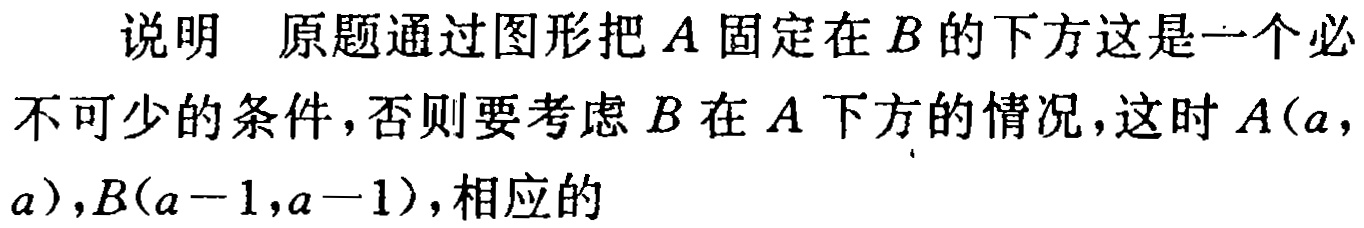
说明 原题通过图形把\(A\)固定在\(B\)的下方这是一个必不可少的条件，否则要考虑\(B\)在\(A\)下方的情况，这时\(A(a,a),B(a - 1,a - 1)\)，相应的